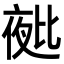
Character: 𭯑